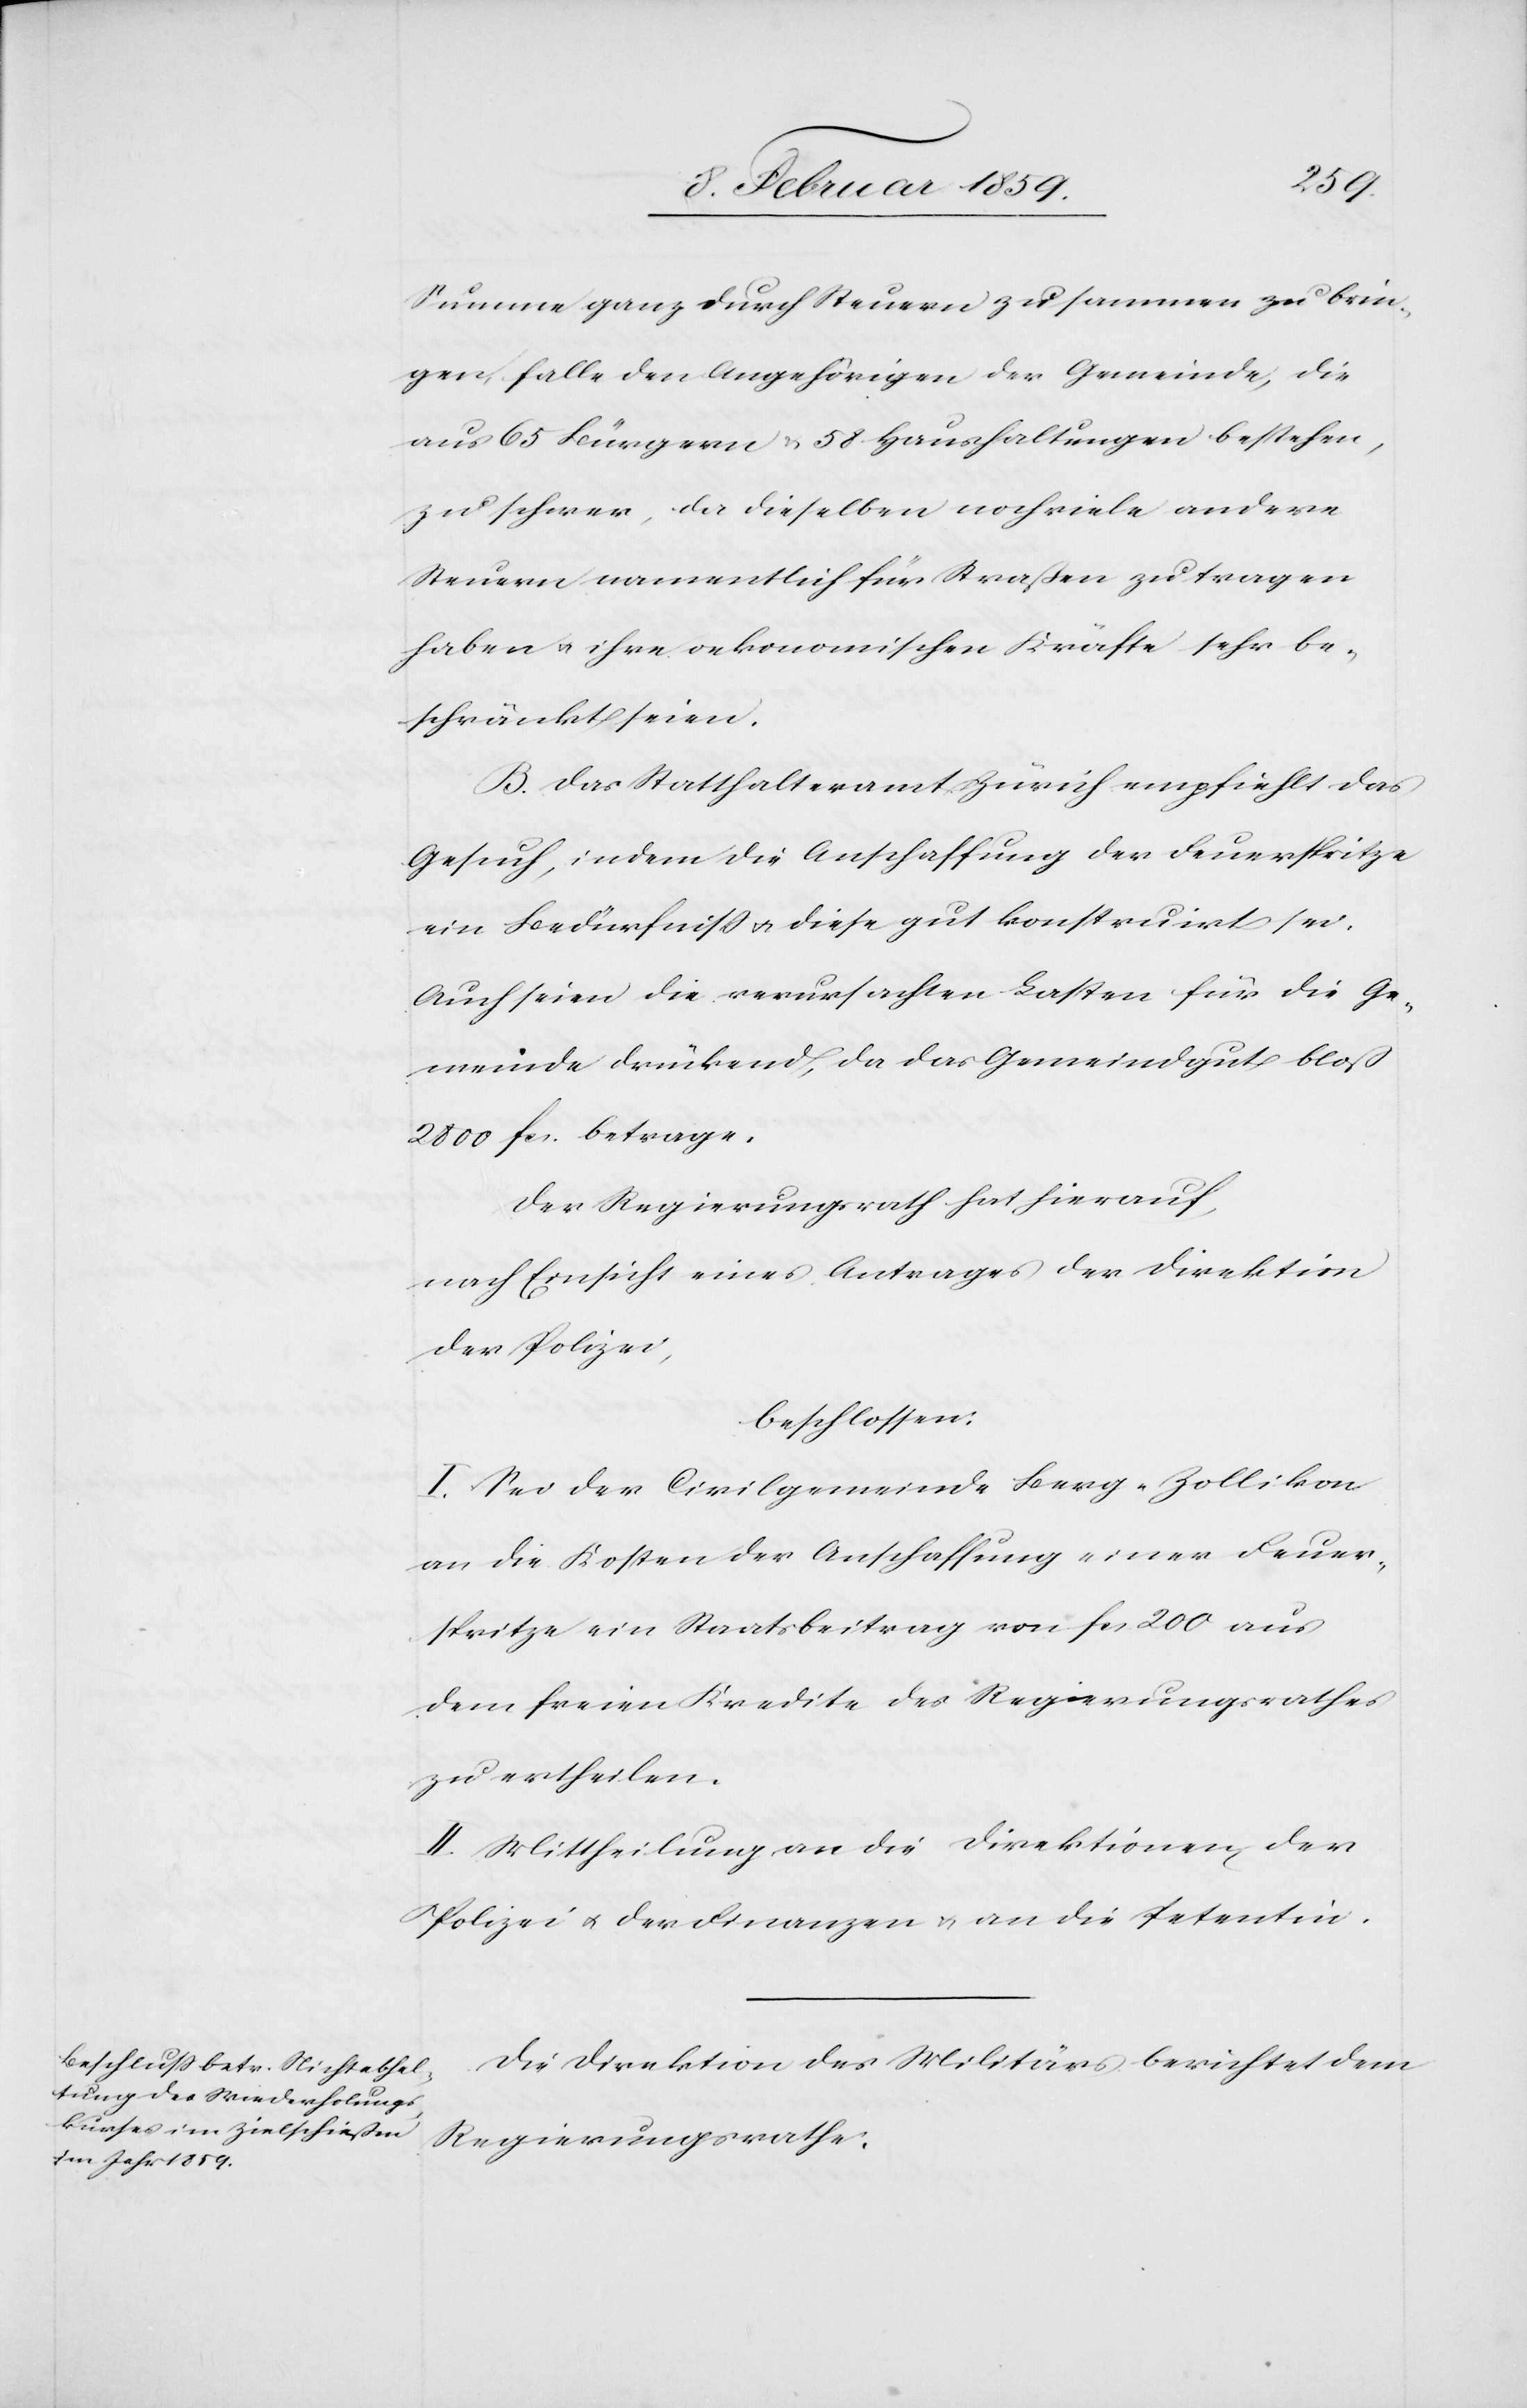
Summe ganz durch Steuern zusammen zu brin¬
gen falle den Angehörigen der Gemeinde, die
aus 65 Bürgern & 58 Haushaltungen bestehen,
zu schwer, da dieselben noch viele andere
Steuern namentlich für Straßen zu tragen
haben u. ihre oekonomischen Kräfte sehr be¬
schränkt seien.
B. Das Statthalteramt Zürich empfiehlt das
Gesuch, indem die Anschaffung der Feuerspritze
ein Bedürfniß u. diese gut konstruirt sei.
Auch seien die verursachten Lasten für die Ge¬
meinde drückend, da das Gemeindgut bloß
2800 fcs. betrage.
Der Regierungsrath hat hierauf,
nach Einsicht eines Antrages der Direktion
der Polizei,
beschlossen:
I. Sei der Civilgemeinde Berg-Zollikon
an die Kosten der Anschaffung einer Feuer¬
spritze ein Staatsbeitrag von fcs 200 aus
dem freien Kredite des Regierungsrathes
zu ertheilen.
II. Mittheilung an die Direktion der
Polizei u. der Finanzen u. an die Petentin.
Die Direktion des Militärs berichtet dem
Regierungsrathe: